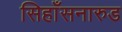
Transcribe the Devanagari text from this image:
सिहाँसनारुड